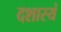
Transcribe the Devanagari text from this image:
दशास्यं